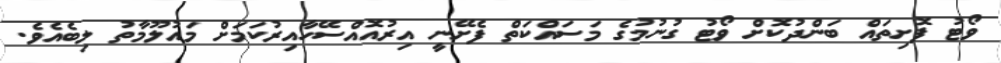
ވޯޓު ފޮށިތައް ބަންދުކޮށް ވޯޓު ގުނުމުގެ މަސައްކަތް ފެށޭނީ އިރުއޮއްސޭހާއިރުކަމަށް މައުލޫމާތު ލިބެއެވެ.